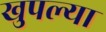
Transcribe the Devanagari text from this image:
खुपल्या